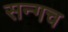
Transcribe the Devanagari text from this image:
सन्गच